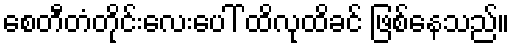
စေတီတံတိုင်းလေးပေါ် ထိလုထိခင် ဖြစ်နေသည်။